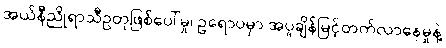
အယ်နီညိုရာသီဥတုဖြစ်ပေါ်မှု၊ ဥရောပမှာ အပူချိန်မြင့်တက်လာနေမှုနဲ့